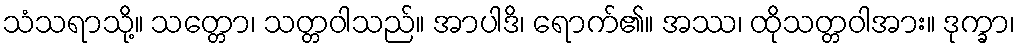
သံသရာသို့။ သတ္တော၊ သတ္တဝါသည်။ အာပါဒိ၊ ရောက်၏။ အဿ၊ ထိုသတ္တဝါအား။ ဒုက္ခာ၊